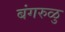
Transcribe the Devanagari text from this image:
बंगरुळु